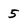
Character: 5